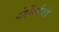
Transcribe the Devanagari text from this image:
गोष्टींपलीकडे